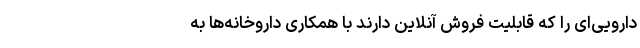
دارویی‌ای را که قابلیت فروش آنلاین دارند با همکاری داروخانه‌ها به